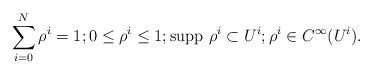
\begin{align*}\sum_{i=0}^N \rho^i = 1; 0 \leq \rho^i \leq 1; \mbox{supp }\rho^i \subset U^i; \rho^i \in C^{\infty}(U^i).\end{align*}